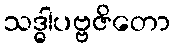
သဒ္ဓါပဗ္ဗဇိတော